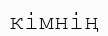
кімнің